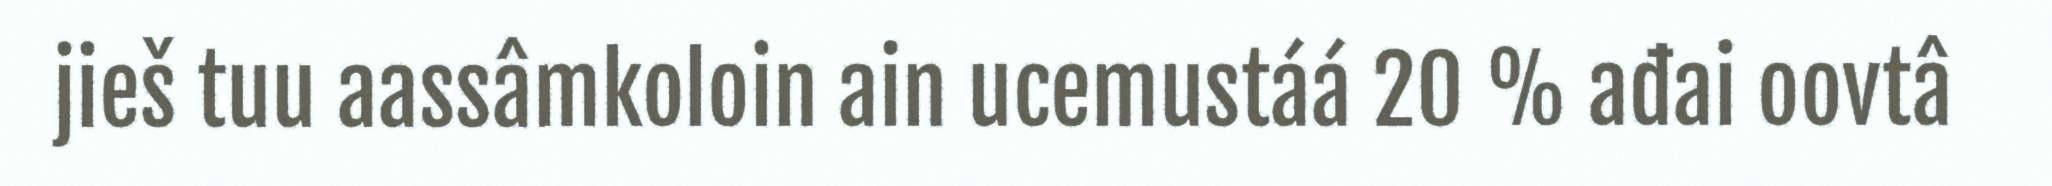
jieš tuu aassâmkoloin ain ucemustáá 20 % ađai oovtâ